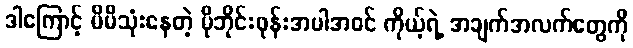
ဒါကြောင့် မိမိသုံးနေတဲ့ မိုဘိုင်းဖုန်းအပါအဝင် ကိုယ့်ရဲ့ အချက်အလက်တွေကို